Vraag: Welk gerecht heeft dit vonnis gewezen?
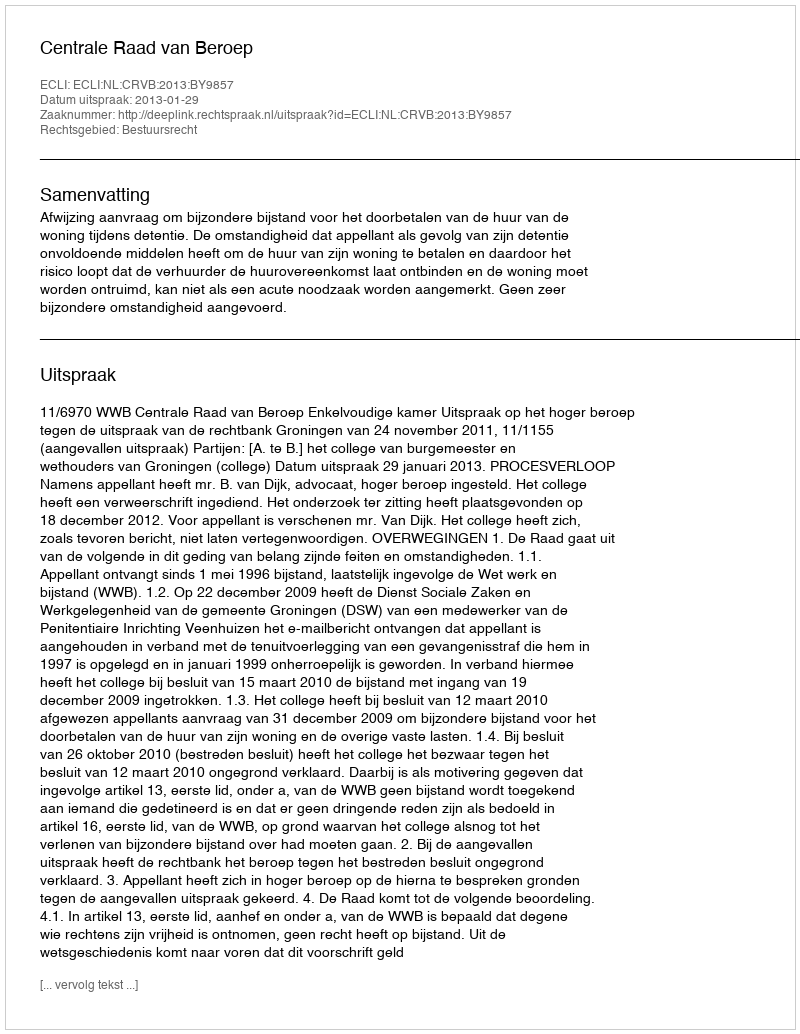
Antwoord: Centrale Raad van Beroep